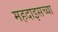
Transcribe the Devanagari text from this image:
महदाइसच्या